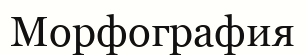
Морфография